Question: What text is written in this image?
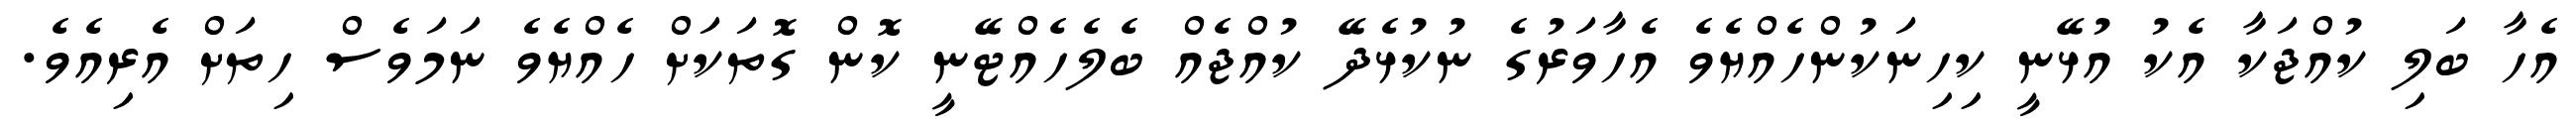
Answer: އެހާ ބަލި ކުއްޖަކާ އެކު އުޅޭނީ ކިހިނަކުންހެއްޔެވެ އެހާވަރުގެ ނުކުޅެދޭ ކުއްޖެއް ބެލެހެއްޓޭނީ ކޮން ގޮތަކަށް ހެއްޔެވެ ނަމަވެސް ހިތަށް އެރިއެވެ.